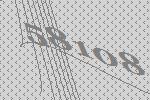
58108